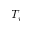
T _ { i }